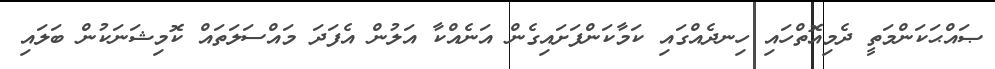
ޞައްޙަކަންމަތީ ދެމިއޮތްހައި ހިނދެއްގައި ކަމާކަންފަށައިގެން އަނެއްކާ އަލުން އެފަދަ މައްސަލަތައް ކޮމިޝަނަކުން ބަލައި